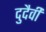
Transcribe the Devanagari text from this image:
दुदैवी